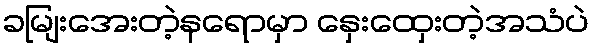
ခမျြးအေးတဲ့နရောမှာ နှေးထှေးတဲ့အသံပဲ